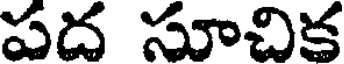
పద సూచిక